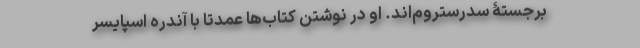
برجستۀ سدرستروم‌اند. او در نوشتن کتاب‌ها عمدتاً با آندره اسپایسر